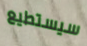
سيستطيع